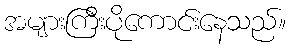
အများကြီးပိုကောင်းနေသည်။